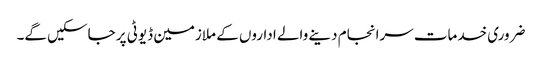
ضروری خدمات سرانجام دینے والے اداروں کے ملازمین ڈیوٹی پر جاسکیں گے۔